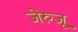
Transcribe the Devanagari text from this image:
जेरुजू